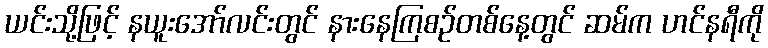
ယင်းသို့ဖြင့် နယူးအော်လင်းတွင် နားနေကြစဉ်တစ်နေ့တွင် ဆမ်က ဟင်နရီကို